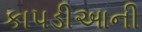
કાપડીઆની